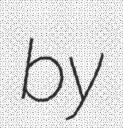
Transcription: by